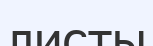
листы